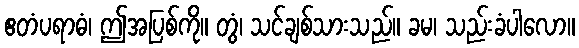
ဧတံပရာဓံ၊ ဤအပြစ်ကို။ တွံ၊ သင်ချစ်သားသည်။ ခမ၊ သည်းခံပါလော။